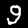
Digit: 9